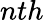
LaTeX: nth